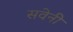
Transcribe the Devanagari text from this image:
सवेनी